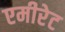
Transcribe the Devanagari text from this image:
एमीरेट